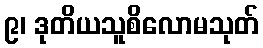
၉၊ ဒုတိယသူစိလောမသုတ်